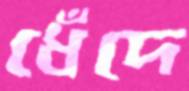
ধেঁদে